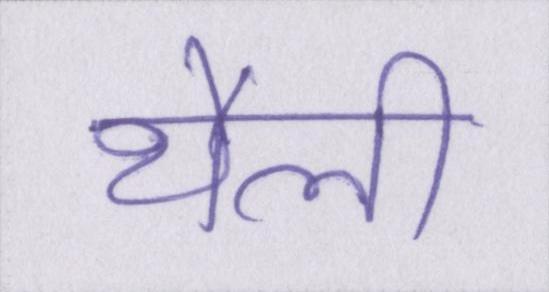
थैली